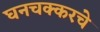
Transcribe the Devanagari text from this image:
घनचक्करचे